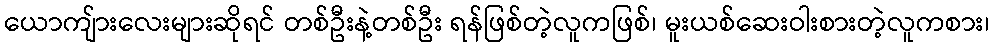
ယောကျ်ားလေးများဆိုရင် တစ်ဦးနဲ့တစ်ဦး ရန်ဖြစ်တဲ့လူကဖြစ်၊ မူးယစ်ဆေးဝါးစားတဲ့လူကစား၊